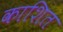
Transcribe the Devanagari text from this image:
काशित